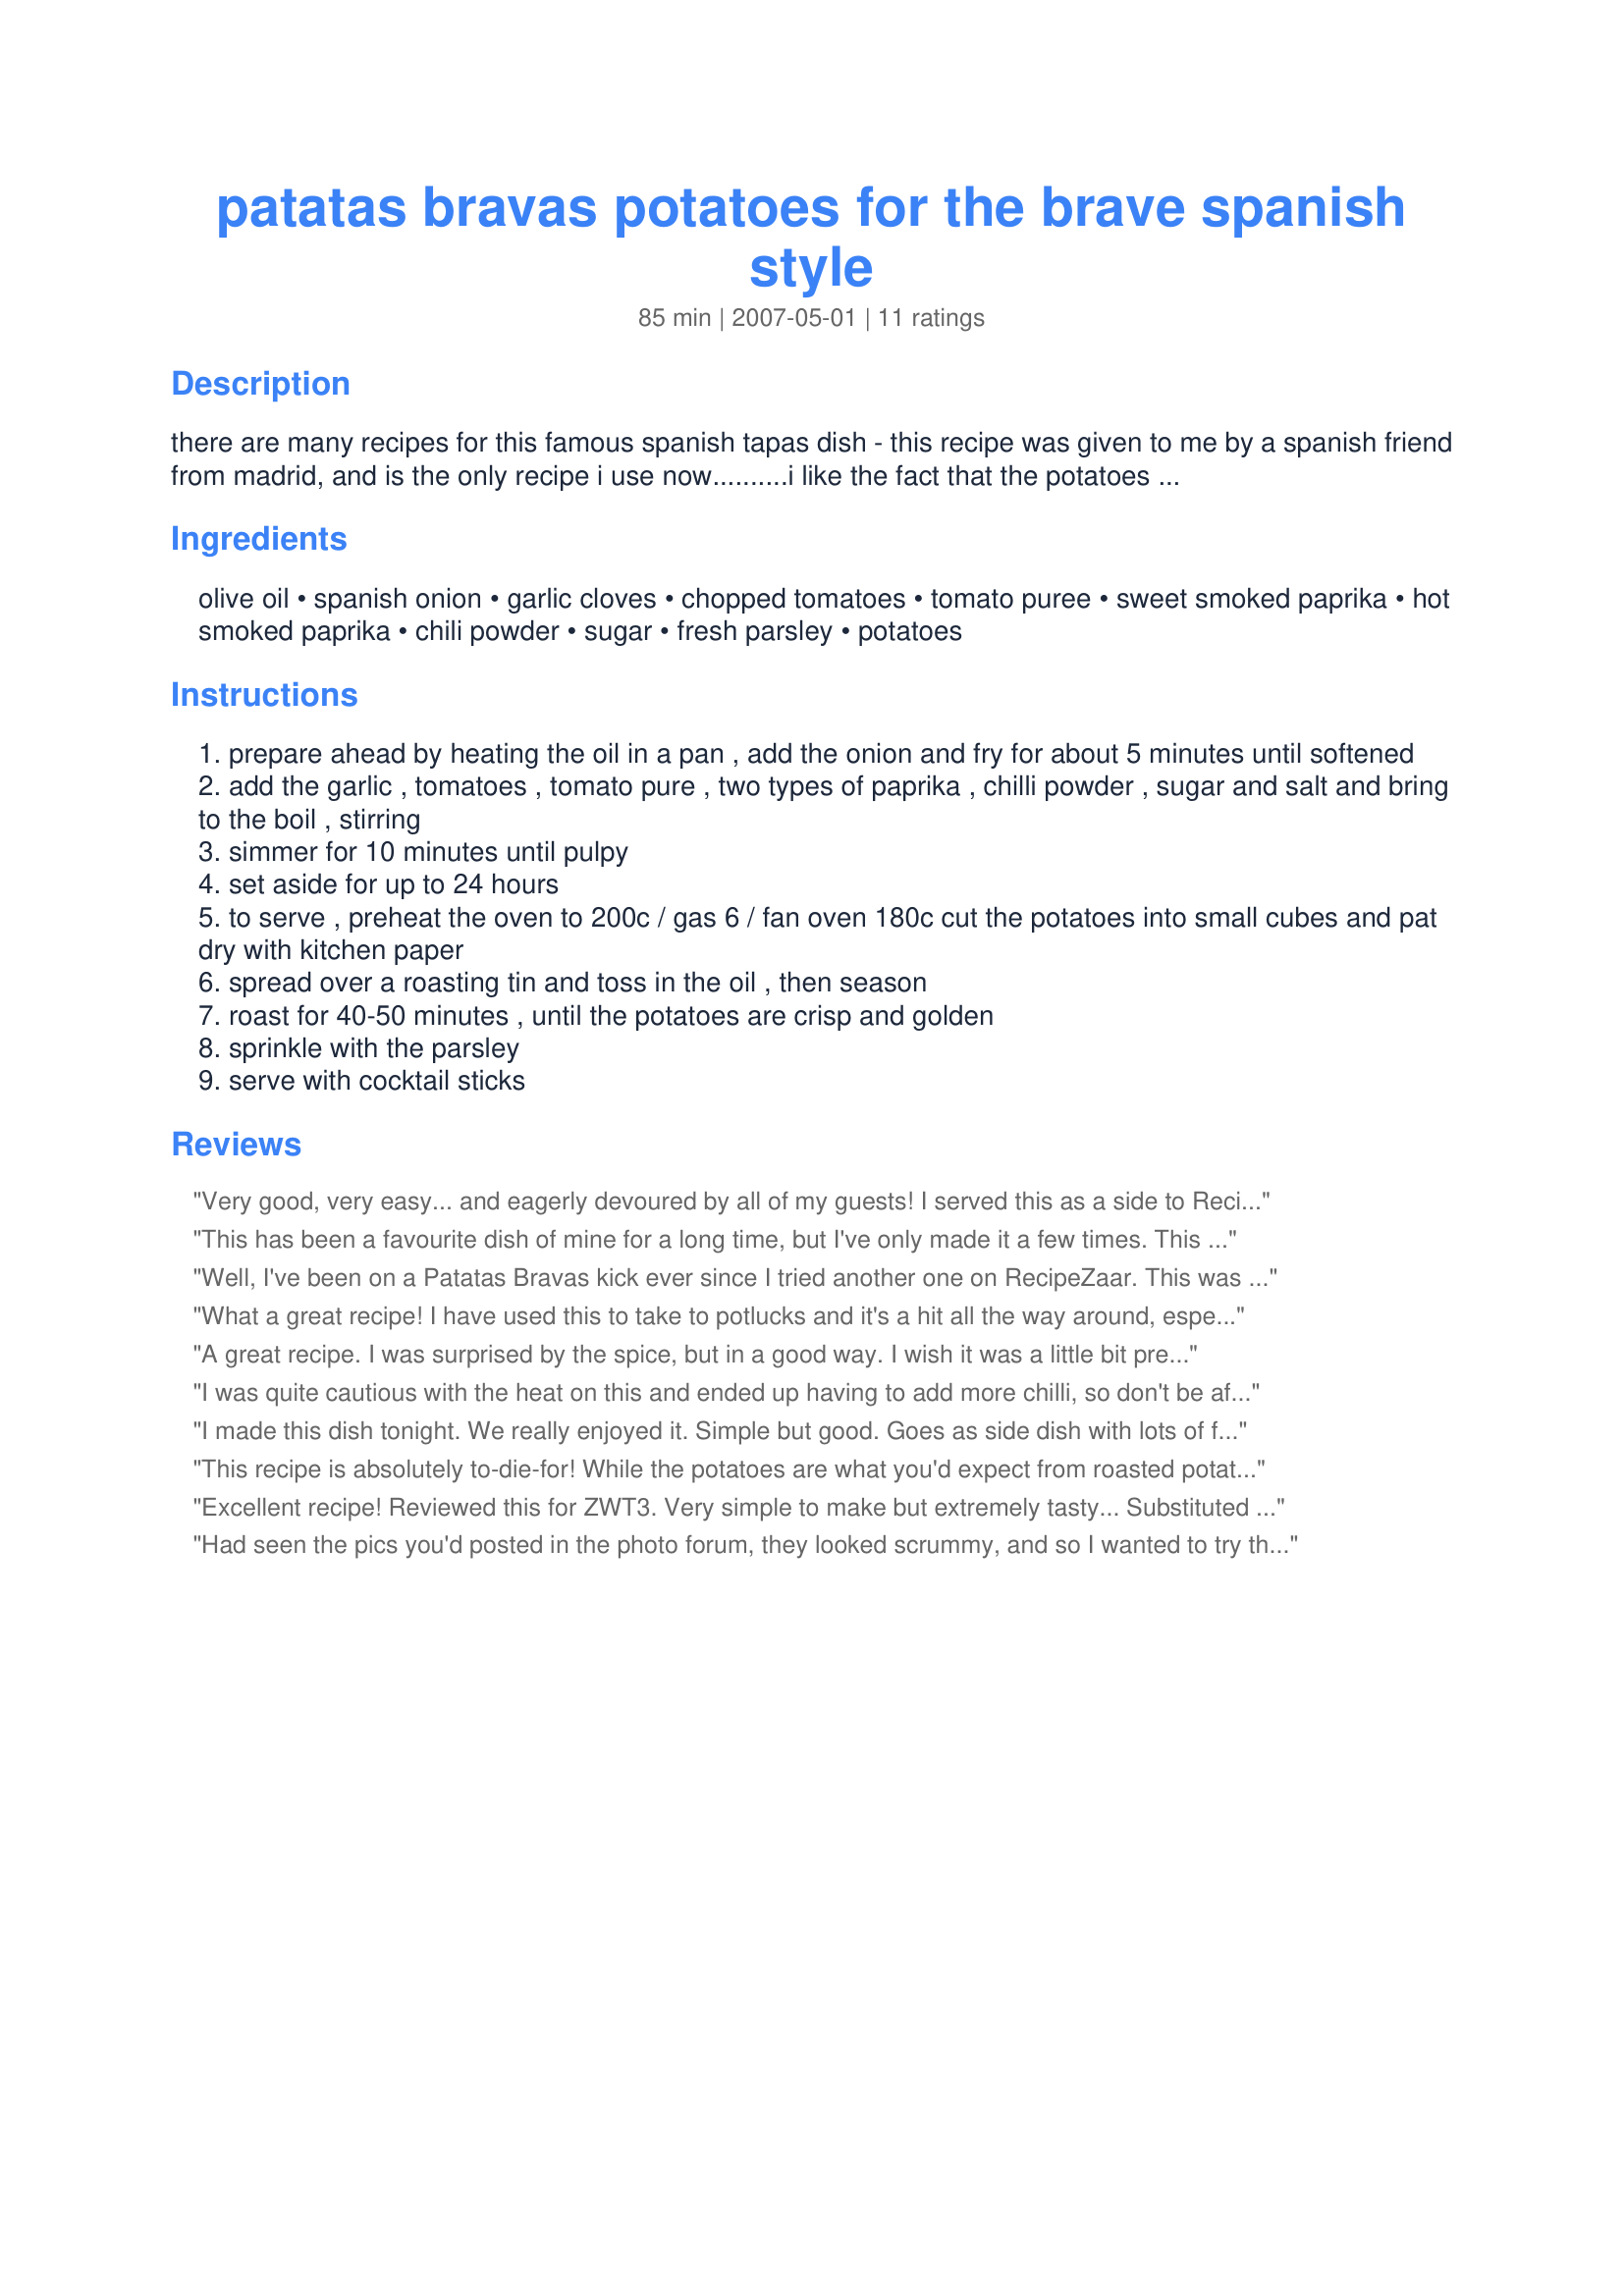
patatas bravas potatoes for the brave spanish style
Preparation time: 85 minutes

there are many recipes for this famous spanish tapas dish - this recipe was given to me by a spanish friend from madrid, and is the only recipe i use now..........i like the fact that the potatoes are baked in the oven, making it easier to prepare & socialise with a glass of sangria or two! in spain, patatas bravas is often served with mayonnaise or alioli - however you choose to serve it, this is a "must" for your tapas table!

Ingredients:
olive oil, spanish onion, garlic cloves, chopped tomatoes, tomato puree, sweet smoked paprika, hot smoked paprika, chili powder, sugar, fresh parsley, potatoes

Steps:
prepare ahead by heating the oil in a pan , add the onion and fry for about 5 minutes until softened
add the garlic , tomatoes , tomato pure , two types of paprika , chilli powder , sugar and salt and bring to the boil , stirring
simmer for 10 minutes until pulpy
set aside for up to 24 hours
to serve , preheat the oven to 200c / gas 6 / fan oven 180c cut the potatoes into small cubes and pat dry with kitchen paper
spread over a roasting tin and toss in the oil , then season
roast for 40-50 minutes , until the potatoes are crisp and golden
sprinkle with the parsley
serve with cocktail sticks

Reviews:
Very good, very easy... and eagerly devoured by all of my guests! I served this as a side to Recipe #34087, which it complimented perfectly. My only change would be to double the amount of the sauce, since everyone loved the flavor and wished there was more of it.
This has been a favourite dish of mine for a long time, but I've only made it a few times. This was a really easy way to prepare it. Cooking for some young tastebuds I went easy on the spice and the smoky paprika, the sauce was still very flavourful. It was maybe a tad sweet for me, so I'd probably cut the sugar down to 1/2 tsp next time, probably depends on your tomatoes as well. Aside from your tapas table, these would be an amazing addition to brunch and this recipe makes that an easy task. Thanks for sharing FT!
Well, I've been on a Patatas Bravas kick ever since I tried another one on RecipeZaar. This was excellent, a bit sweeter and less hot than the other, and this had more tomato taste. I did make sure to use the smokey paprika. I liked the way the potatoes browned in this recipe, and although this recipe suggested serving it with a mayonnaise sauce (as did the other), I did not this time. I preferred it with the mayo sauce, but this was quite excellent too! Thanks FT.
What a great recipe! I have used this to take to potlucks and it's a hit all the way around, especially since no one makes vegetarian dishes. I didn't have access to the types of paprika (small town), so I doubled up on basic paprika and doubled the chili powder. I used roma tomatos too- great texture. This recipe is fantastic and a crowd pleaser. Great job French Tart!
A great recipe. I was surprised by the spice, but in a good way. I wish it was a little bit prettier though.
I was quite cautious with the heat on this and ended up having to add more chilli, so don't be afraid, it needs the heat. Really liked being able to roast the potatoes rather than frying them.
I made this dish tonight. We really enjoyed it. Simple but good. Goes as side dish with lots of food. You can make the sauce as spicy or mild as you like. Made for zwt5.
This recipe is absolutely to-die-for! While the potatoes are what you'd expect from roasted potatoes the sauce is AMAZING! I made it as is, (don't forego the smoked paprika's the smokey flavour is what this sauce is all about!) I had no parsley so I used chopoped fresh basil. Made for the Spanish Leg of ZWT5
Excellent recipe! Reviewed this for ZWT3. Very simple to make but extremely tasty... Substituted the chili powder for a little harrisa (lol). I had to turn potatoes over one by one as just shaking tray didn't create even cooking.
Ate this with roast chicken & will definitely make this again soon.
Had seen the pics you'd posted in the photo forum, they looked scrummy, and so I wanted to try them out myself! FT, these are absolutely GORGEOUS! and so simple to make. Didn't serve it with mayo though (DH DETESTS mayo!), it was delicious by itself. Thank you for sharing your lovely recipe.
These were lovely. I should have chopped up onions and tomato more finely but didn&#039;t because I was a lazy butt. I let myself down, but the flavours were nice. I found it nearly too spicy for myself, but it was well enjoyed by my guests. Thanks.
